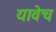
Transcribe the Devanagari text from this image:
यावेच